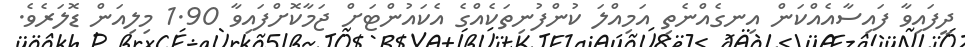
ދީފައިވާ ފައިސާއެއްކަން އިނގެއްނެތި އަމިއްލަ ކުންފުނިތަކެއްގެ އެކައުންޓަށް ޖަމާކޮށްފައިވާ 1.90 މިލިއަން ޑޮލަރެވެ.